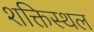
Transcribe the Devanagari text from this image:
शक्तिस्थल